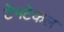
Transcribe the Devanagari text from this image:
टेनटेकल